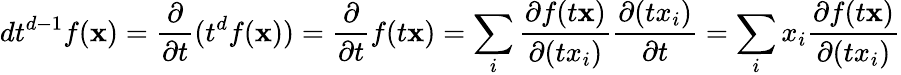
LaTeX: dt^{d-1}f(\mathbf x)=\frac{\partial}{\partial t}(t^{d}f(\mathbf x))=\frac{\partial}{\partial t}f(t\mathbf x)=\sum_{i}\frac{\partial f(t\mathbf x)}{\partial(tx_{i})}\frac{\partial(tx_{i})}{\partial t}=\sum_{i}x_{i}\frac{\partial f(t\mathbf x)}{\partial(tx_{i})}